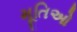
મૂતિઓ